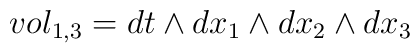
vol_{1,3}=dt\wedge dx_{1}\wedge dx_{2}\wedge dx_{3}